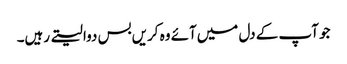
جو آپ کے دل میں‌آئے وہ کریں‌بس دوا لیتے رہیں۔